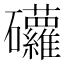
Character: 𥘁